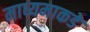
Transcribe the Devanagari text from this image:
माध्यमाकडे